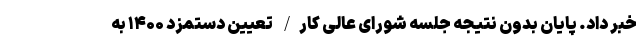
خبر داد. پایان بدون نتیجه جلسه شورای عالی کار/ تعیین دستمزد ۱۴۰۰ به